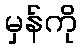
မှန်ကို